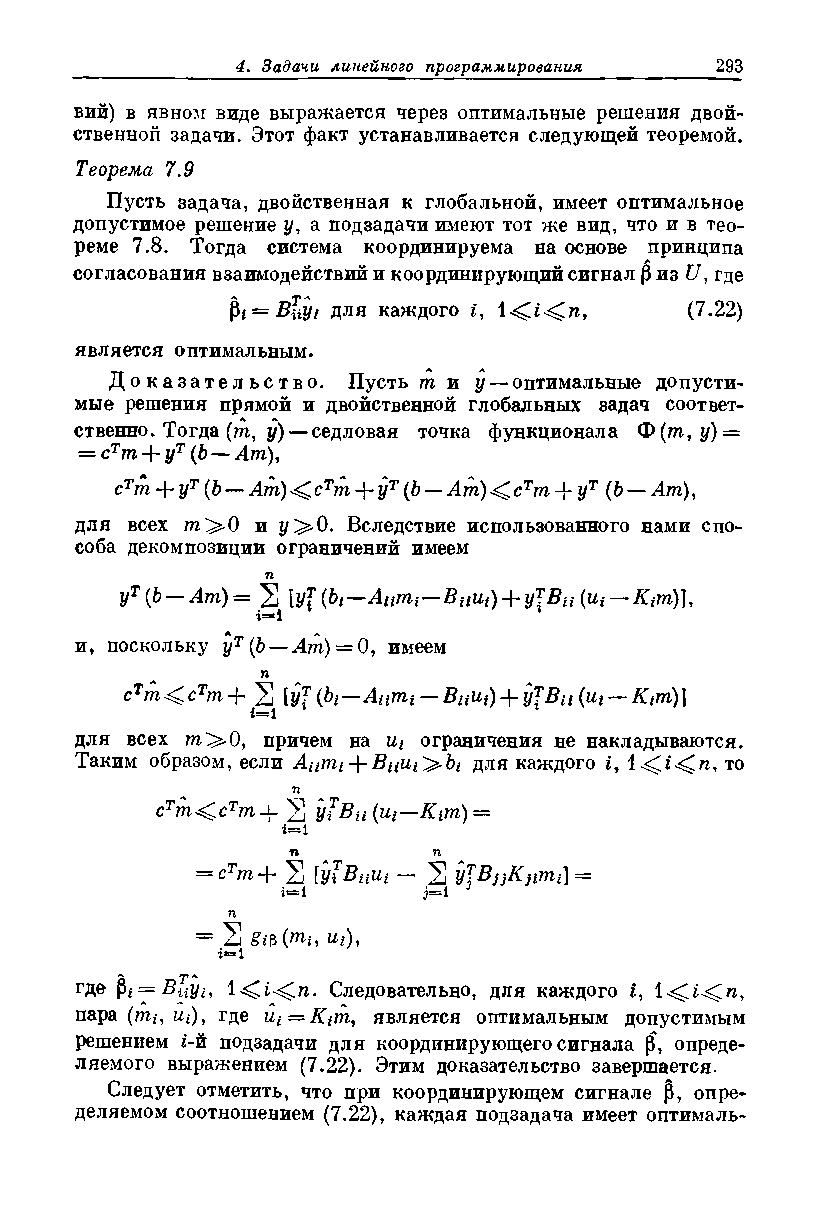
вий) в явном виде выражается через оптимальные решения двой­
 ственной задачи. Этот факт устанавливается следующей теоремой.
 Теорема 7.9
 Пусть задача, двойственная к глобальной, имеет оптимальное
 допустимое решение у, а подзадачи имеют тот же вид, что и в тео­
 реме 7.8. Тогда система координируема на основе принципа
 согласования взаимодействий и координирующий сигнал |3 из U, где
 Рi=Buyi для каждого £,         (7.22)
 является оптимальным.
 Доказательство. Пусть т и у — оптимальные допусти­
 мые решения прямой и двойственной глобальных задач соответ­
 ственно. Тогда (т, у) — седловая точка функционала Ф(нг, i/) =
 = сТт + yT(b — Ат),
 сТт + yT(b — Ат) сТт + УТ (b — Am)^ cTm ~^ут (Ъ — Ат),
 для всех т^О и i/>0. Вследствие использованного нами спо­
 соба декомпозиции ограничений имеем
 п
 уТ (b — Ат) = 2 1у1 (bi— Aumt—Ващ) + уТВц(щ — Ktm%
 г—1
 и, поскольку уТ(Ь — Ат) = 0, имеем
 П
 сТт сТт + 2 lyf (h—Aitmt — ВиЩ)-\-у\Вц{щ — Kfm)]
 i— 1
 для всех т ^ 0, причем на и* ограничения не накладываются.
 Таким образом, если Л**/?!/+ >. Ь/ для каждого i, то
 п
 cTm<crm+ 2
 у1В ц(щ — Кцп) =
 i=l
 п         п
 2        2
 = сТт + [у?Вцщ — yJBjjKjirrii] =
 г=1      j=l
 п
 = 2      ui),
 г=1
 где =     1 ^С ледовательно, для ка^кдого ь, 1 i ть,
 пара (mi,Ui), где Ui^Kim, является оптимальным допустимым
 решением i-й подзадачи для координирующего сигнала р, опреде­
 ляемого выражением (7.22). Этим доказательство завершается.
 Следует отметить, что при координирующем сигнале Р, опре­
 деляемом соотношением (7.22), каждая подзадача имеет оптималь­